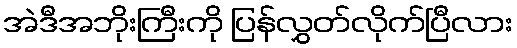
အဲဒီအဘိုးကြီးကို ပြန်လွှတ်လိုက်ပြီလား